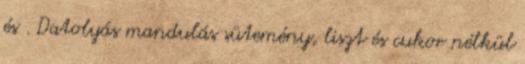
és . Datolyás mandulás sütemény, liszt és cukor nélkül